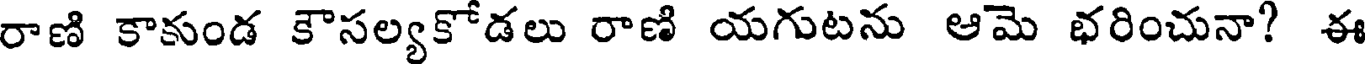
రాణి కాకుండ కౌసల్యకోడలు రాణి యగుటను ఆమె భరించునా? ఈ